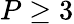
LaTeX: P\ge 3